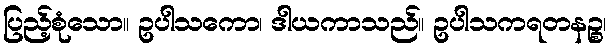
ပြည့်စုံသော။ ဥပါသကော၊ ဒါယကာသည်။ ဥပါသကရတနဉ္စ၊